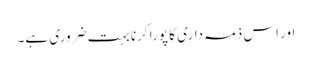
اور اس ذمہ داری کا پورا کرنا بہت ضروری ہے۔